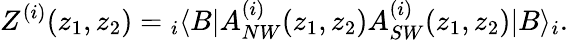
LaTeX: Z^{(i)}(z_{1},z_{2})={}_{i}\langle B|A_{NW}^{(i)}(z_{1},z_{2})A_{SW}^{(i)}(z_{1},z_{2})|B\rangle_{i}.